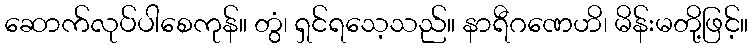
ဆောက်လုပ်ပါစေကုန်။ တွံ၊ ရှင်ရသေ့သည်။ နာရီဂဏေဟိ၊ မိန်းမတို့ဖြင့်။